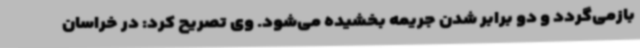
بازمی‌گردد و دو برابر شدن جریمه بخشیده می‌شود. وی تصریح کرد: در خراسان